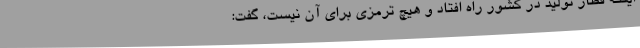
اینکه قطار تولید در کشور راه افتاد و هیچ ترمزی برای آن نیست، گفت: